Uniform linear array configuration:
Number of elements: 48
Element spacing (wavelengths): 0.25
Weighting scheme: exponential
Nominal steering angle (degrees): -30
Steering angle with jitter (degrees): -28.306
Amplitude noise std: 0.05
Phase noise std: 0.05

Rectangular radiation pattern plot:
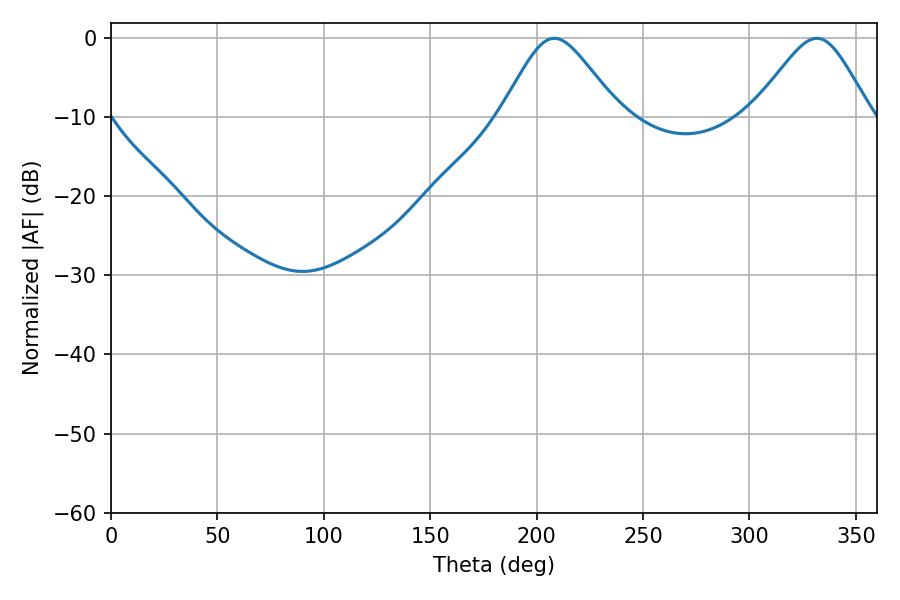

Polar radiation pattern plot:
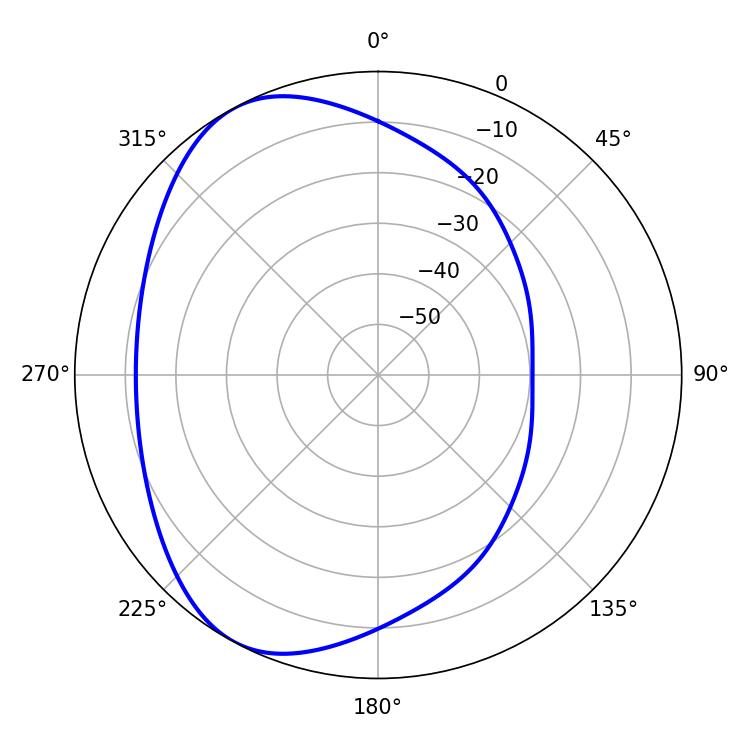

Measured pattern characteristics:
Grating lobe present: FALSE
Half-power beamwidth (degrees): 27
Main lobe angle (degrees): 208.26